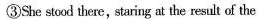
③She stood there, staring at the result of the